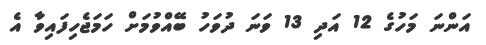
އަންނަ މަހުގެ 12 އަދި 13 ވަނަ ދުވަހު ބޭއްވުމަށް ހަމަޖެހިފައިވާ އެ